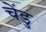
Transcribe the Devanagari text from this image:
चेंडु